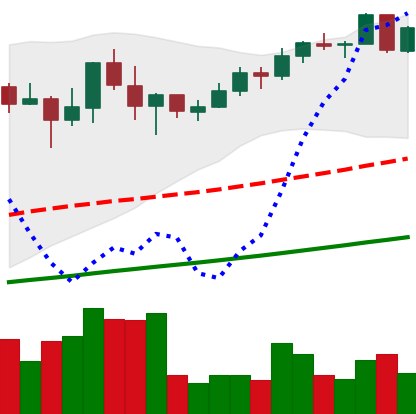
Ticker: BNB-USD
Chart end date: 2021-05-05
Forward return: -3.117%
Label: down_3_5